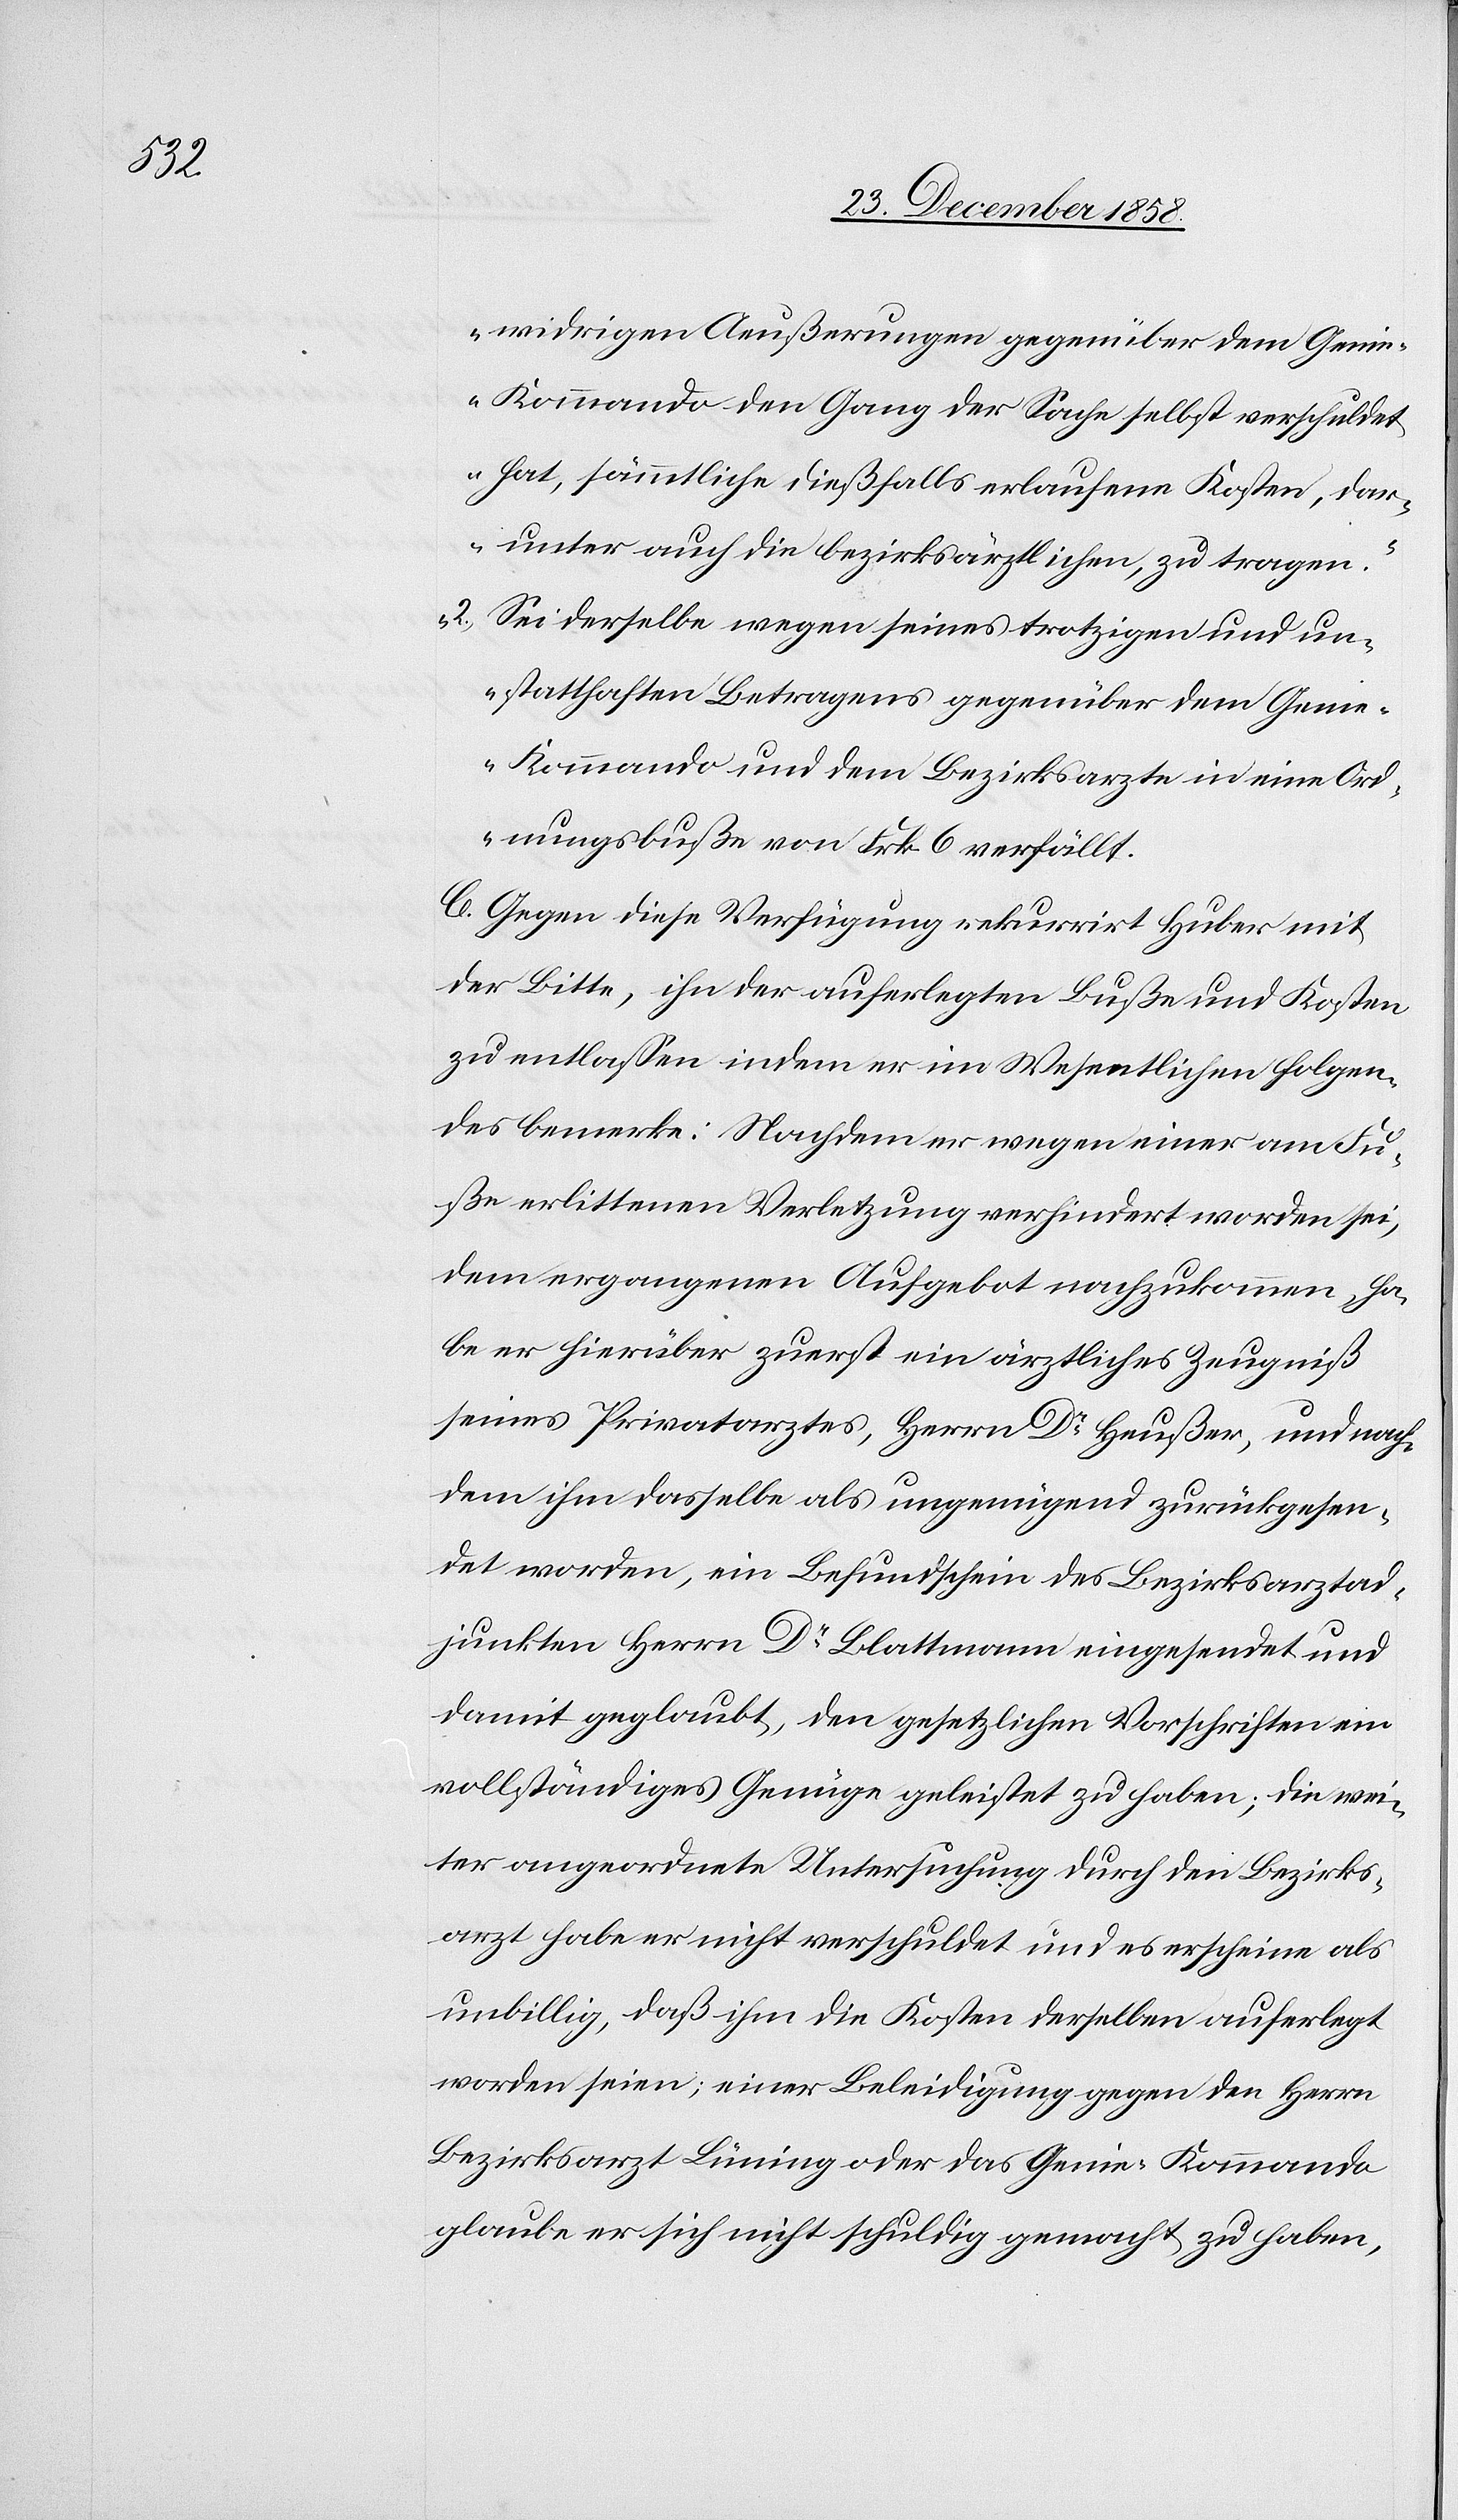
t.[“]

widrigen Aeußerungen gegenüber dem Geni¬
e-Kommando den Gang der Sache selbst verschuldet
hat, sämmtliche dießfalls erlaufene Kosten, dar¬
unter auch die bezirksärztlichen, zu tragen.
Sei derselbe wegen seines trotzigen und un¬
statthaften Betragens gegenüber dem Geni¬
e-Kommando und dem Bezirksarzte in eine Ord¬
nungsbuße von Frk. 6 verfäll¬
C. Gegen diese Verfügung rekurrirt Huber mit
der Bitte, ihn der auferlegten Buße und Kosten
zu entlassen indem er im Wesentlichen folgen¬
des bemerke: Nachdem er wegen einer am Fu¬
ße erlittenen Verletzung verhindert worden sei,
dem ergangenen Aufgebot nachzukommen, ha¬
be er hierüber zuerst ein ärztliches Zeugniß
seines Privatarztes, Herrn Dr Heußer, und nach¬
dem ihm dasselbe als ungenügend zurückgesen¬
det worden, ein Befundschein des Bezirksarztad¬
junkten Herrn Dr Blattmann eingesendet und
damit geglaubt, den gesetzlichen Vorschriften ein
vollständiges Genüge geleistet zu haben; die wei¬
ter angeordnete Untersuchung durch den Bezirks¬
arzt habe er nicht verschuldet und es erscheine als
unbillig, daß ihm die Kosten derselben auferlegt
worden seien; einer Beleidigung gegen den Herrn
Bezirksarzt Lüning oder das Genie-Kommando
glaube er sich nicht schuldig gemacht zu haben,